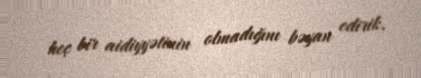
heç bir aidiyyətinin olmadığını bəyan edirik.